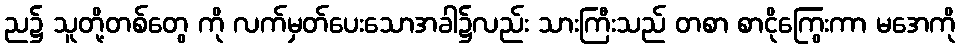
ည၌ သူတို့တစ်တွေ ကို လက်မှတ်ပေးသောအခါ၌လည်း သားကြီးသည် တစာ စာငိုကြွေးကာ မအေကို